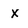
Character: x